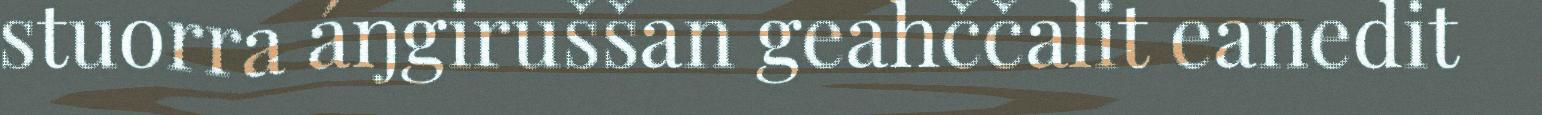
stuorra áŋgiruššan geahččalit eanedit